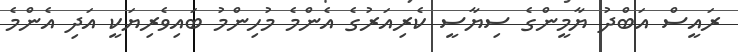
ރައީސް އަބްދު ޔާމީންގެ ސިޔާސީ ކެރިއަރުގެ އެންމެ މުހިންމު ބައިވެރިޔަކީ އަދި އެންމެ